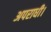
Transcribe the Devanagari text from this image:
अपराधी।